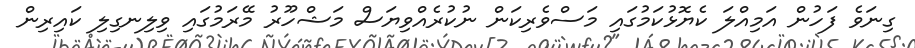
ގިނަވެ ފަހުން އަމިއްލަ ކެޔޮޅުކަމުގައި މަސްވެރިކަން ނުކުރެއްވިޔަސް މަޝްހޫރު މޭރަމުގައި ވިލިނގިލި ކައިރިން